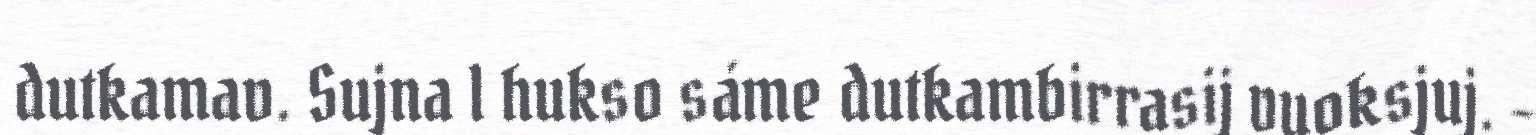
dutkamav. Sujna l hukso sáme dutkambirrasij vuoksjuj. –